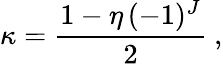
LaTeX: \kappa=\frac{1-\eta\, (-1)^{J}}{2}\ ,